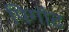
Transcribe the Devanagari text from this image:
पिगॉट